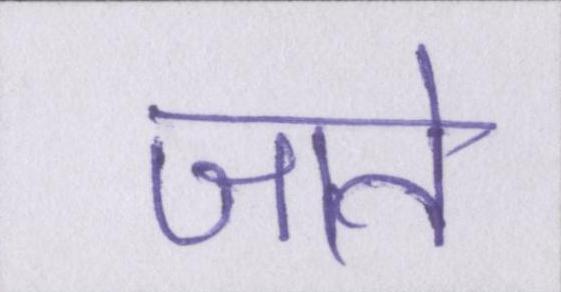
जाते